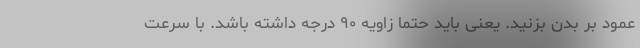
عمود بر بدن بزنید. یعنی باید حتما زاویه ۹۰ درجه داشته باشد. با سرعت